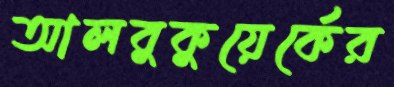
আলবুকুয়ের্কের